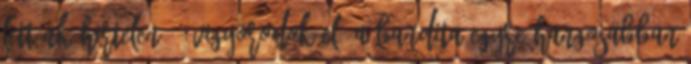
lettünk hirtelen. – vigyorodok el. A bandita egyre hangosabban